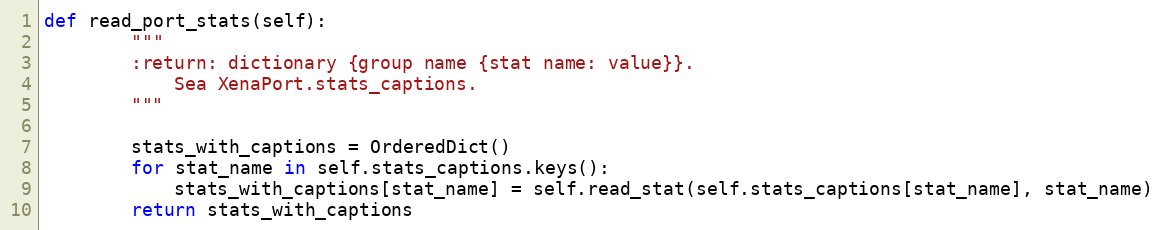
Language: Python
def read_port_stats(self):
        """
        :return: dictionary {group name {stat name: value}}.
            Sea XenaPort.stats_captions.
        """

        stats_with_captions = OrderedDict()
        for stat_name in self.stats_captions.keys():
            stats_with_captions[stat_name] = self.read_stat(self.stats_captions[stat_name], stat_name)
        return stats_with_captions